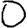
Digit: 0